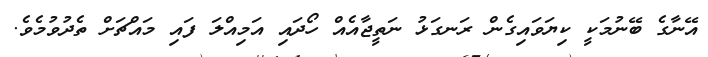
އޭނާގެ ބޭނުމަކީ ކިޔަވައިގެން ރަނގަޅު ނަތީޖާއެއް ހޯދައި އަމިއްލަ ފައި މައްޗަށް ތެދުވުމެވެ.